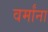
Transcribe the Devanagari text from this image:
वर्मांना